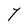
Character: Y